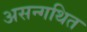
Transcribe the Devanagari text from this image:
असन्गथित